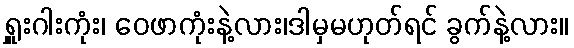
ရှူးဂါးကုံး၊ ဝေဖာကုံးနဲ့လား၊ဒါမှမဟုတ်ရင် ခွက်နဲ့လား။